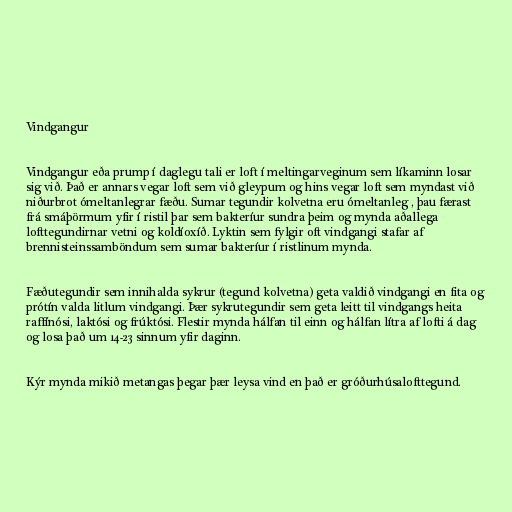
Vindgangur

Vindgangur eða prump í daglegu tali er loft í meltingarveginum sem líkaminn losar
sig við. Það er annars vegar loft sem við gleypum og hins vegar loft sem myndast við
niðurbrot ómeltanlegrar fæðu. Sumar tegundir kolvetna eru ómeltanleg , þau færast
frá smáþörmum yfir í ristil þar sem bakteríur sundra þeim og mynda aðallega
lofttegundirnar vetni og koldíoxíð. Lyktin sem fylgir oft vindgangi stafar af
brennisteinssamböndum sem sumar bakteríur í ristlinum mynda.

Fæðutegundir sem innihalda sykrur (tegund kolvetna) geta valdið vindgangi en fita og
prótín valda litlum vindgangi. Þær sykrutegundir sem geta leitt til vindgangs heita
raffínósi, laktósi og frúktósi. Flestir mynda hálfan til einn og hálfan lítra af lofti á dag
og losa það um 14-23 sinnum yfir daginn.

Kýr mynda mikið metangas þegar þær leysa vind en það er gróðurhúsalofttegund.